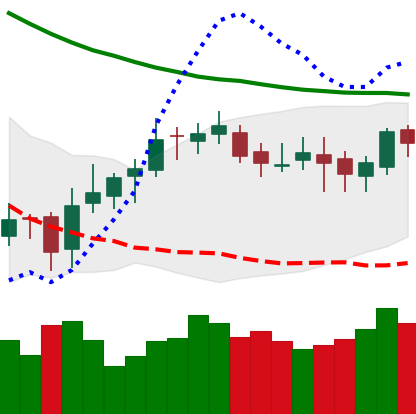
Ticker: DOGE-USD
Chart end date: 2019-03-28
Forward return: 34.764%
Label: up_7plus